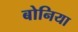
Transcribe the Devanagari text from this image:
बोनिया